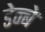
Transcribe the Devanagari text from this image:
डेन्बे